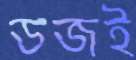
ডজই